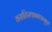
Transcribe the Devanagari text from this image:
वसतिस्थानापासून